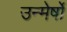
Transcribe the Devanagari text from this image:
उन्मेर्षों